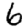
Digit: 6